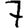
Digit: 7